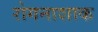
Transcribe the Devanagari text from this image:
रोगनाशाक